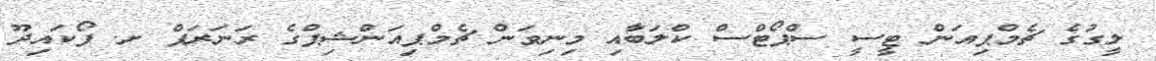
ލީގުގެ ޗެމްޕިއަން ޓީސީ ސްޕޯޓްސް ކްލަބާއި މިނިވަން ޗެމްޕިއަންޝިޕްގެ ރަނަރަޕް ށ. ފޯކައިދޫ